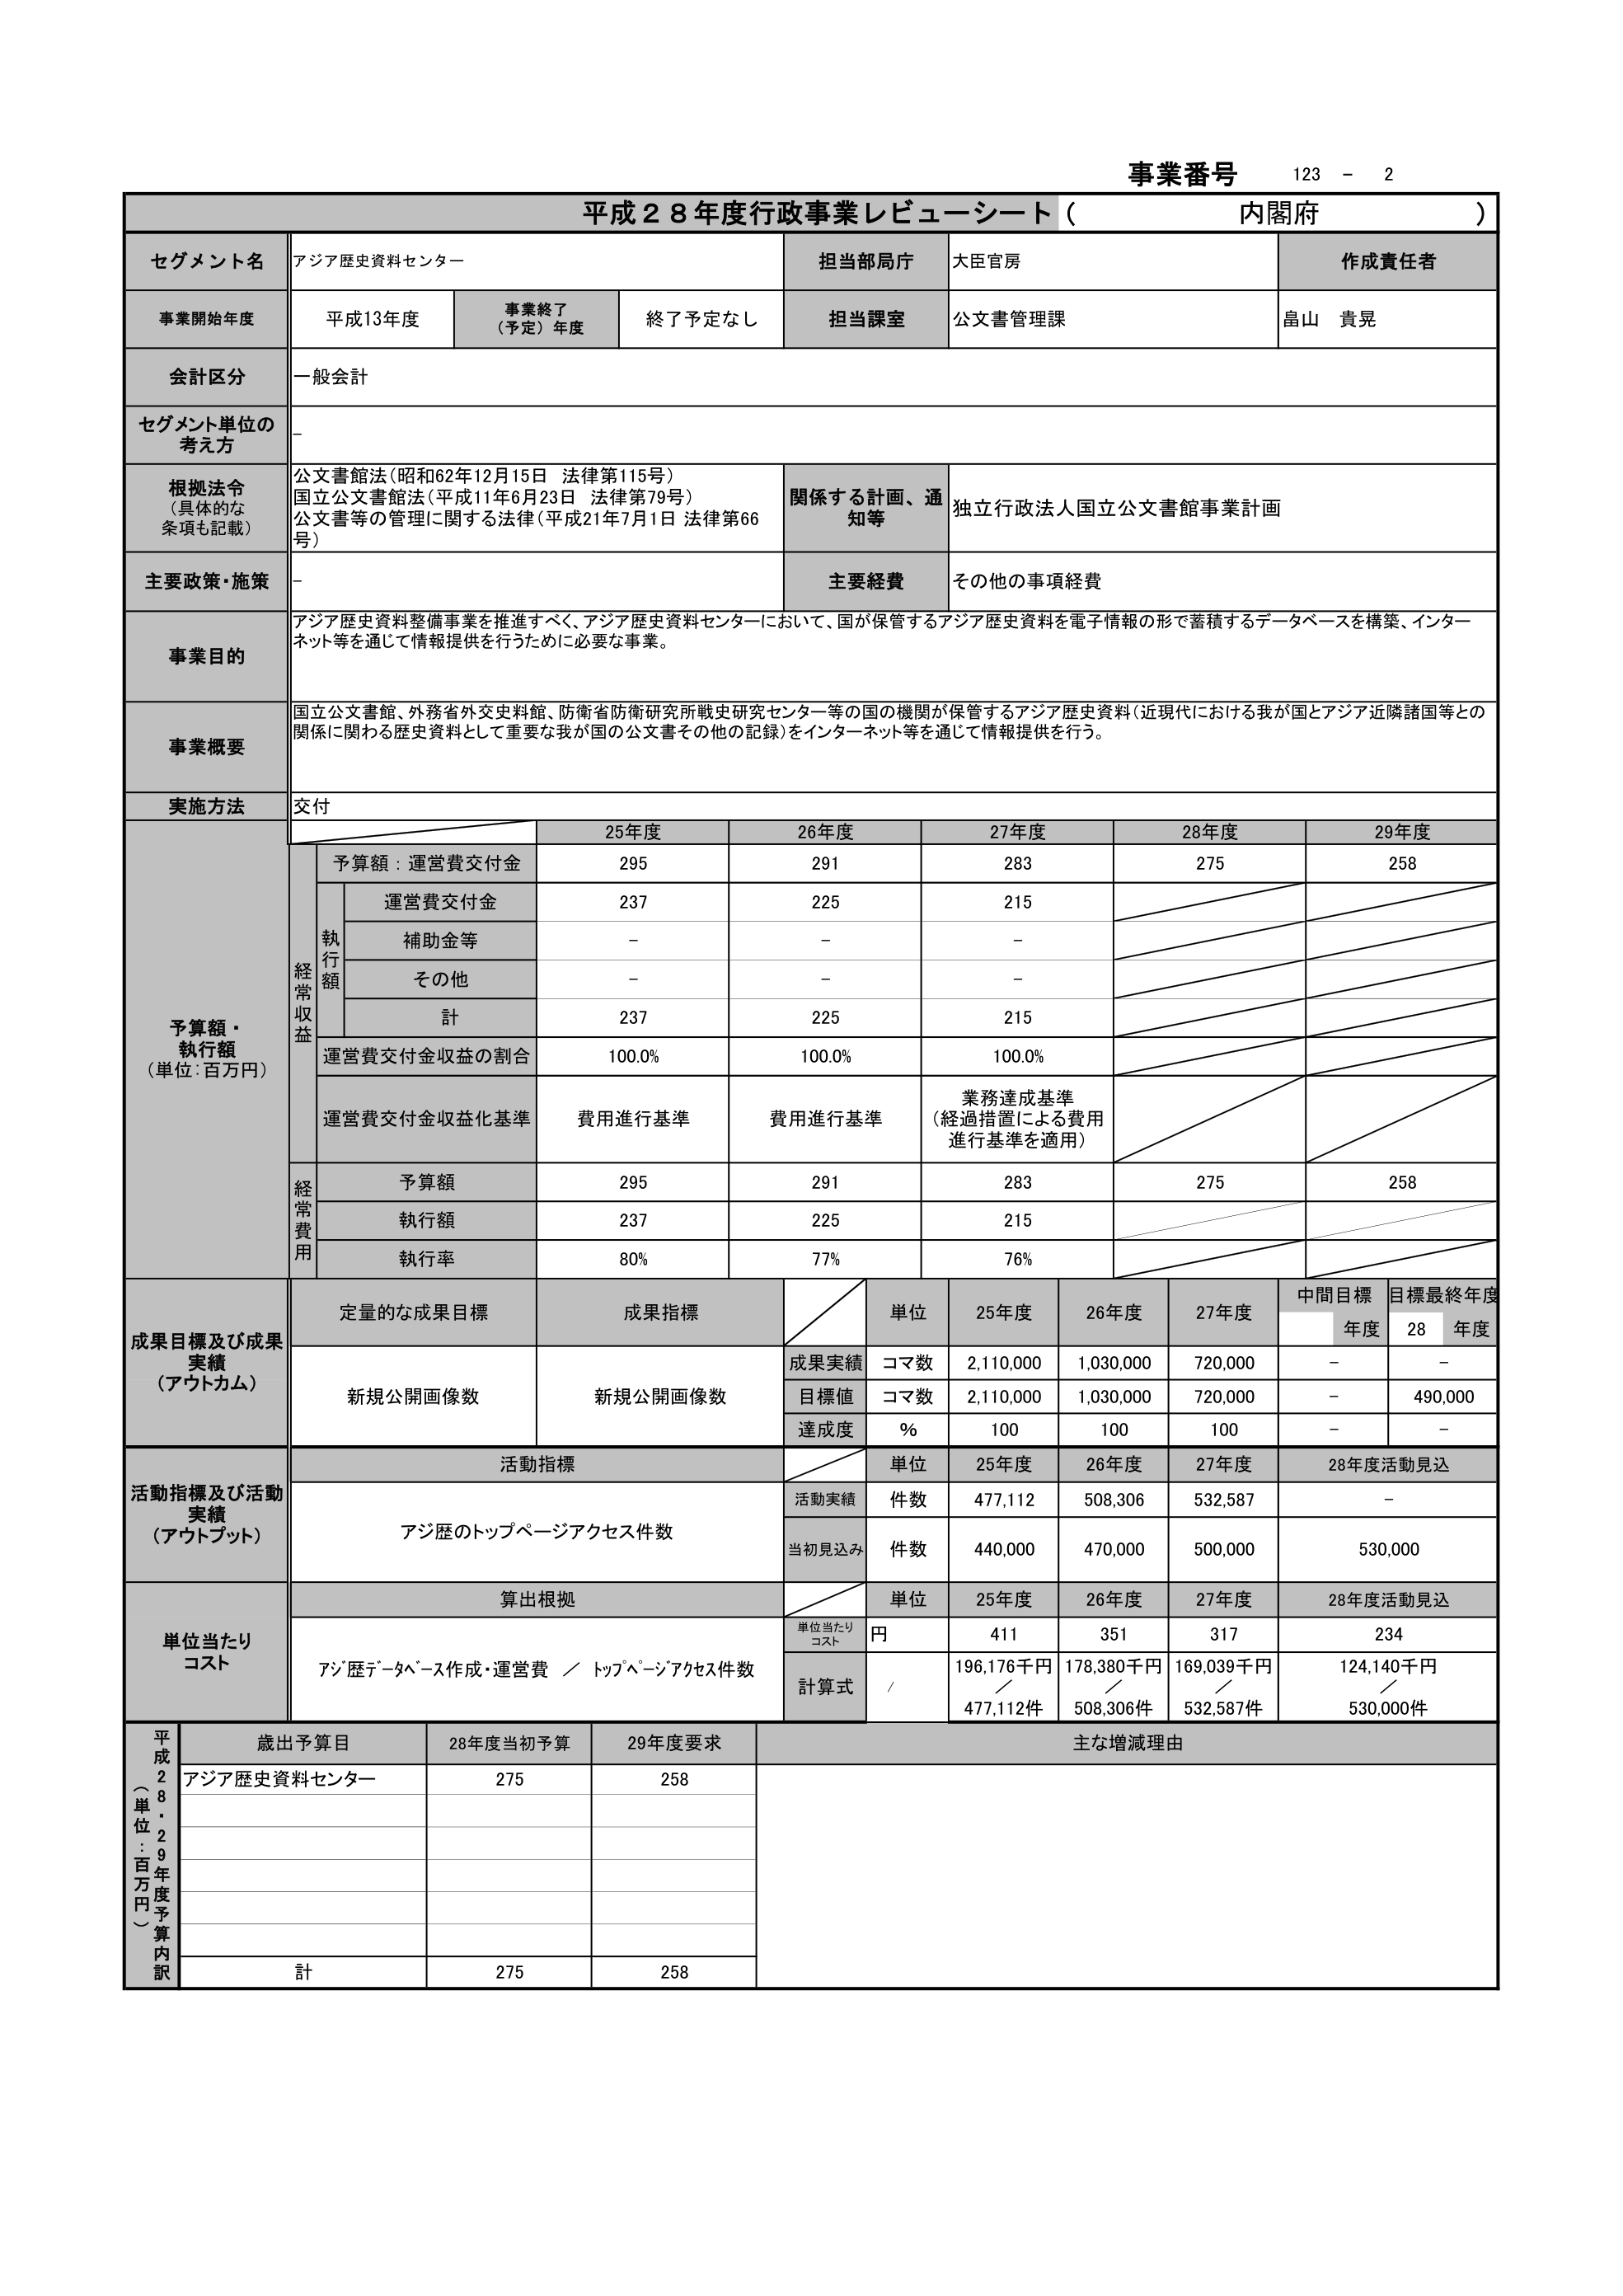
事業番号 123 - 2
平成２８年度行政事業レビューーシート（内閣府）

セグメント名 アジア歴史資料センター
担当部局庁 大臣官房
作成責任者

事業開始年度 平成13年度
事業終了（予定）年度 終了予定なし
担当課室 公文書管理課
畠山 貴晃

会計区分 一般会計

セグメント単位の考え方 -

根拠法令（具体的な条項も記載）
公文書館法（昭和62年12月15日 法律第115号）
国立公文書館法（平成11年6月23日 法律第79号）
公文書等の管理に関する法律（平成21年7月1日 法律第66号）
関係する計画、通知等 独立行政法人国立公文書館事業計画

主要政策・施策 -
主要経費 その他の事項経費

事業目的
アジア歴史資料整備事業を推進すべく、アジア歴史資料センターにおいて、国が保管するアジア歴史資料を電子情報の形で蓄積するデータベースを構築、インターネット等を通じて情報提供を行うために必要な事業。

事業概要
国立公文書館、外務省外交史料館、防衛省防衛研究所戦史研究センター等の国の機関が保管するアジア歴史資料（近現代における我が国とアジア近隣諸国等との関係に関わる歴史資料として重要な我が国の公文書その他の記録）をインターネット等を通じて情報提供を行う。

実施方法 交付

予算額・執行額（単位：百万円）
25年度 26年度 27年度 28年度 29年度
予算額：運営費交付金 295 291 283 275 258
執行額
運営費交付金 237 225 215
補助金等 - - -
その他 - - -
計 237 225 215
運営費交付金収益の割合 100.0% 100.0% 100.0%
運営費交付金収益化基準 費用進行基準 費用進行基準 業務達成基準（経過措置による費用進行基準を適用）
経常費用
予算額 295 291 283 275 258
執行額 237 225 215
執行率 80% 77% 76%

成果目標及び成果実績（アウトカム）
定量的な成果目標 成果指標
単位 25年度 26年度 27年度 中間目標年度 目標最終年度28年度
新規公開画像数 新規公開画像数
成果実績 コマ数 2,110,000 1,030,000 720,000 - -
目標値 コマ数 2,110,000 1,030,000 720,000 - 490,000
達成度 % 100 100 100 - -

活動指標及び活動実績（アウトプット）
活動指標
単位 25年度 26年度 27年度 28年度活動見込
アジア歴のトップページアクセス件数
活動実績 件数 477,112 508,306 532,587 -
当初見込み 件数 440,000 470,000 500,000 530,000

単位当たりコスト
算出根拠
単位 25年度 26年度 27年度 28年度活動見込
単位当たりコスト 円 411 351 317 234
アジア歴データベース作成・運営費 ／ トップページアクセス件数
計算式 / 196,176千円／477,112件 178,380千円／508,306件 169,039千円／532,587件 124,140千円／530,000件

平成28年度（単位：百万円）歳出予算目 28年度当初予算 29年度要求 主な増減理由
アジア歴史資料センター 275 258
計 275 258